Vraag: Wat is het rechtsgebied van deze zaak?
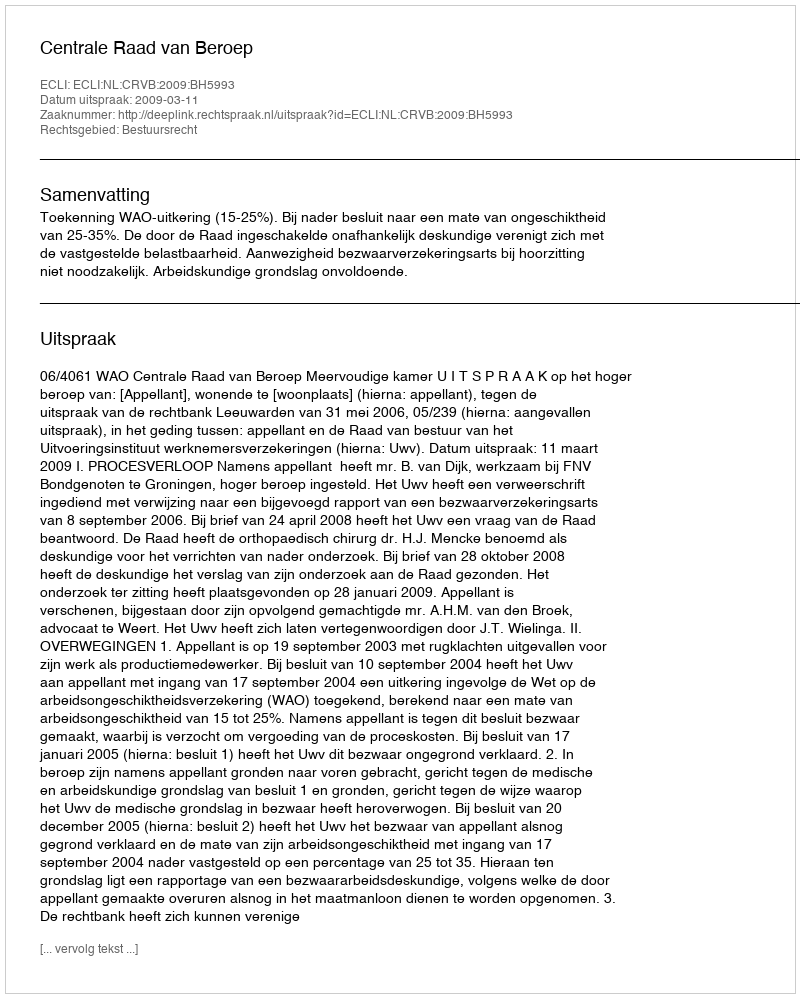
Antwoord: Bestuursrecht